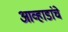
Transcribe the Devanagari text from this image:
आव्हाडांचे